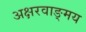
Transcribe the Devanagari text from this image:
अक्षरवाङ्‌मय